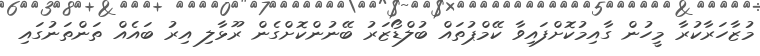
މުޒާހަރާކުރާ މީހުން ގާއިމުކޮށްފައިވާ ކޭމްޕުތައް ބުލްޑޯޒަރު ބޭނުންކޮށްގެން ރޫޅާލި އިރު ބައެއް ތަންތަނުގައި